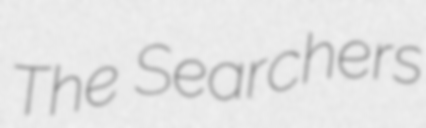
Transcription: The Searchers